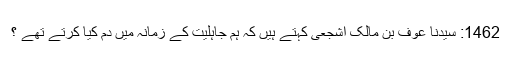
1462: سیدنا عوف بن مالک اشجعیؓ کہتے ہیں کہ ہم جاہلیت کے زمانہ میں دم کیا کرتے تھے ؟